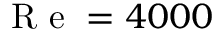
\mathrm { ~ R ~ e ~ } = 4 0 0 0